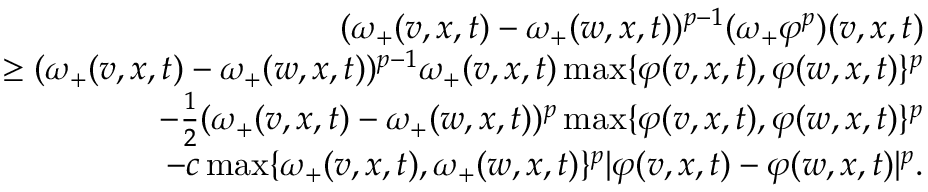
\begin{array} { r l r } & { } & { ( \omega _ { + } ( v , x , t ) - \omega _ { + } ( w , x , t ) ) ^ { p - 1 } ( \omega _ { + } \varphi ^ { p } ) ( v , x , t ) } \\ & { } & { \quad \ge ( \omega _ { + } ( v , x , t ) - \omega _ { + } ( w , x , t ) ) ^ { p - 1 } \omega _ { + } ( v , x , t ) \operatorname* { m a x } \{ \varphi ( v , x , t ) , \varphi ( w , x , t ) \} ^ { p } } \\ & { } & { \qquad - \frac { 1 } { 2 } ( \omega _ { + } ( v , x , t ) - \omega _ { + } ( w , x , t ) ) ^ { p } \operatorname* { m a x } \{ \varphi ( v , x , t ) , \varphi ( w , x , t ) \} ^ { p } } \\ & { } & { \qquad - c \operatorname* { m a x } \{ \omega _ { + } ( v , x , t ) , \omega _ { + } ( w , x , t ) \} ^ { p } \lvert \varphi ( v , x , t ) - \varphi ( w , x , t ) \rvert ^ { p } . } \end{array}